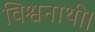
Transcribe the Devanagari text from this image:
विश्वनाथी।